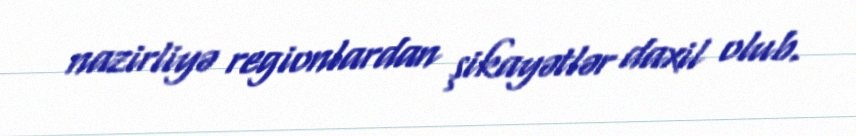
nazirliyə regionlardan şikayətlər daxil olub.